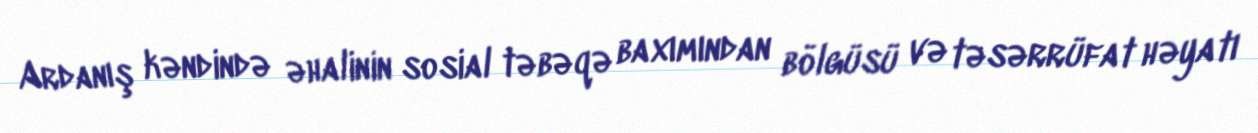
Ardanış kəndində əhalinin sosial təbəqə baxımından bölgüsü və təsərrüfat həyatı